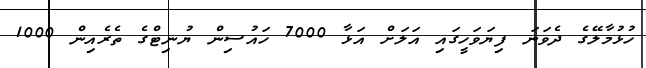
ހުޅުމާލޭގެ ދެވަނަ ފިޔަވަހީގައި އަލަށް އަޅާ 7000 ހައުސިން ޔުނިޓްގެ ތެރެއިން 1000